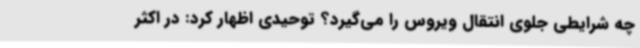
چه شرایطی جلوی انتقال ویروس را می‌گیرد؟ توحیدی اظهار کرد: در اکثر